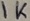
Text: 1K